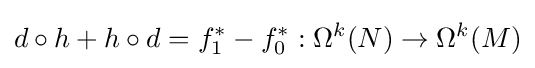
d\circ h+h\circ d=f_{1}^{*}-f_{0}^{*}:\Omega ^{k}(N)\to \Omega ^{k}(M)